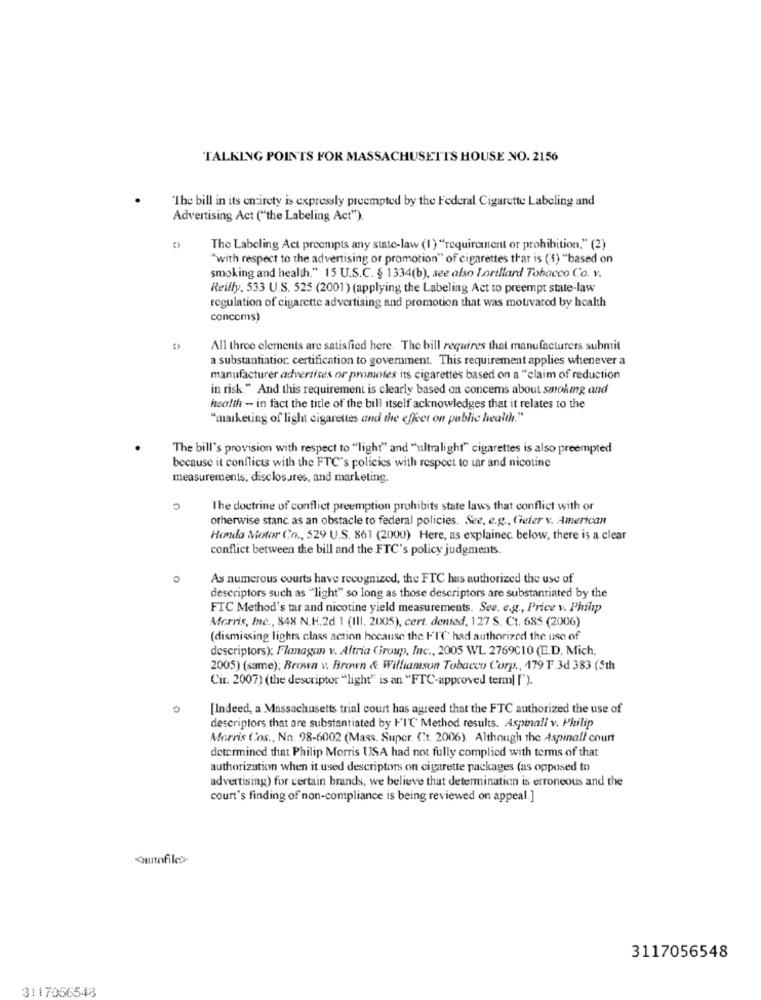
TALKING POINTS FOR MASSACHUSETTS HOUSE NO. 2156
The bill in its entirety is expressly preempted by the Federal Cigarette Labeling and
Advertising Act ("the Labeling Act").
The Labeling Act preempts any state-law (1) "requirement or prohibition." (2)
"with respect to the advertising or promotion" of cigarettes that is (3) "based on
smoking and health." 15 U.S.C. § 1334(b), see also Lorillard Tobacco Co. v.
Reilly. 533 U.S. 525 (2001) (applying the Labeling Act to preempt state-law
regulation of cigarette advertising and promotion that was motivated by health
conccms)
All three elements are satisfied here. The bill requires that manufacturers submit
a substantiation. certification to government. This requirement applies whenever a
manufacturer advertises or promotes its cigarettes based on a "claim of reduction
in risk." And this requirement is clearly based on concems about smoking and
health - in fact the title of the bill itself acknowledges that it relates to the
"marketing of light cigarettes and the effect on public health."
The bill's provision with respect to "light" and "ultralight" cigarettes is also preempted
because it conflicts with the FTC's policies with respect to tar and nicotine
measurements, disclosures, and marketing.
C
"The doctrine of conflict preemption prohibits state laws that conflict with or
otherwise stanc as an obstacle to federal policies. See, e.g ., Cheier v. American
Honda Motor Co ., 529 U.S. 861 (2000) Here, as explainec below, there is a clear
conflict between the bill and the FTC's policy judgments.
As numerous courts have recognized, the FTC hus authorized the use of
descriptors such as "light" so long as those descriptors are substantiated by the
FTC Method's tar and nicotine yield measurements. See. e.g ., Price v. Philip
Morris, Inc ., 848 N.H.2d 1 (III. 2005), cert. denied, 127 S. Ct. 685 (2006)
(dismissing lights class action because the FIT' had authorized the use of
descriptors); Flanagan v. Altria Group, Inc ., 2005 WL 2769C10 (E.D. Mich.
2005) (same); Brown v. Brown & Williamson Tobacco Corp ., 179 F 3d 383 (5th
Cir. 2007) (the descriptor "light" is an "FTC-approved term] [').
[Indeed, a Massachusetts trial court has agreed that the FTC authorized the use of
descriptors that are substantiated by F'I'℃ Method results. Aspinall v. Philip
Morris Cos ., No. 98-6002 (Mass. Super. (t. 2006). Although the Aspinall court
determined that Philip Morris USA had not fully complied with terms of that
authorization when it used descriptors on cigarette packages (as opposed to
advertising) for certain brands, we believe that determination is erroneous and the
court's finding of non-compliance is being reviewed on appeal.]
<autofile>
3117056548
3117056548